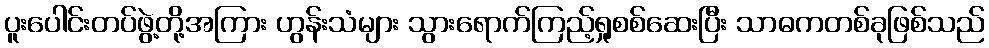
ပူးပေါင်းတပ်ဖွဲ့တို့အကြား ဟွန်းသံများ သွားရောက်ကြည့်ရှုစစ်ဆေးပြီး သာဓကတစ်ခုဖြစ်သည်